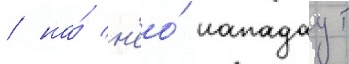
/ на́ н'ео́ нападаут